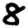
Digit: 8